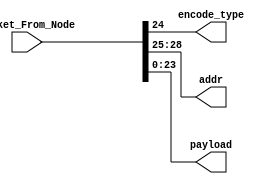
module deserialize_core(input [28:0] Packet_From_Node, output encode_type, output [3:0] addr, output [23:0] payload);

	assign payload = Packet_From_Node[23:0];
	assign encode_type = Packet_From_Node[24];
	assign addr = Packet_From_Node[28:25];

endmodule